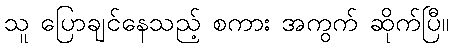
သူ ပြောချင်နေသည့် စကား အကွက် ဆိုက်ပြီ။